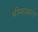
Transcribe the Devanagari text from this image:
भीमरावाला